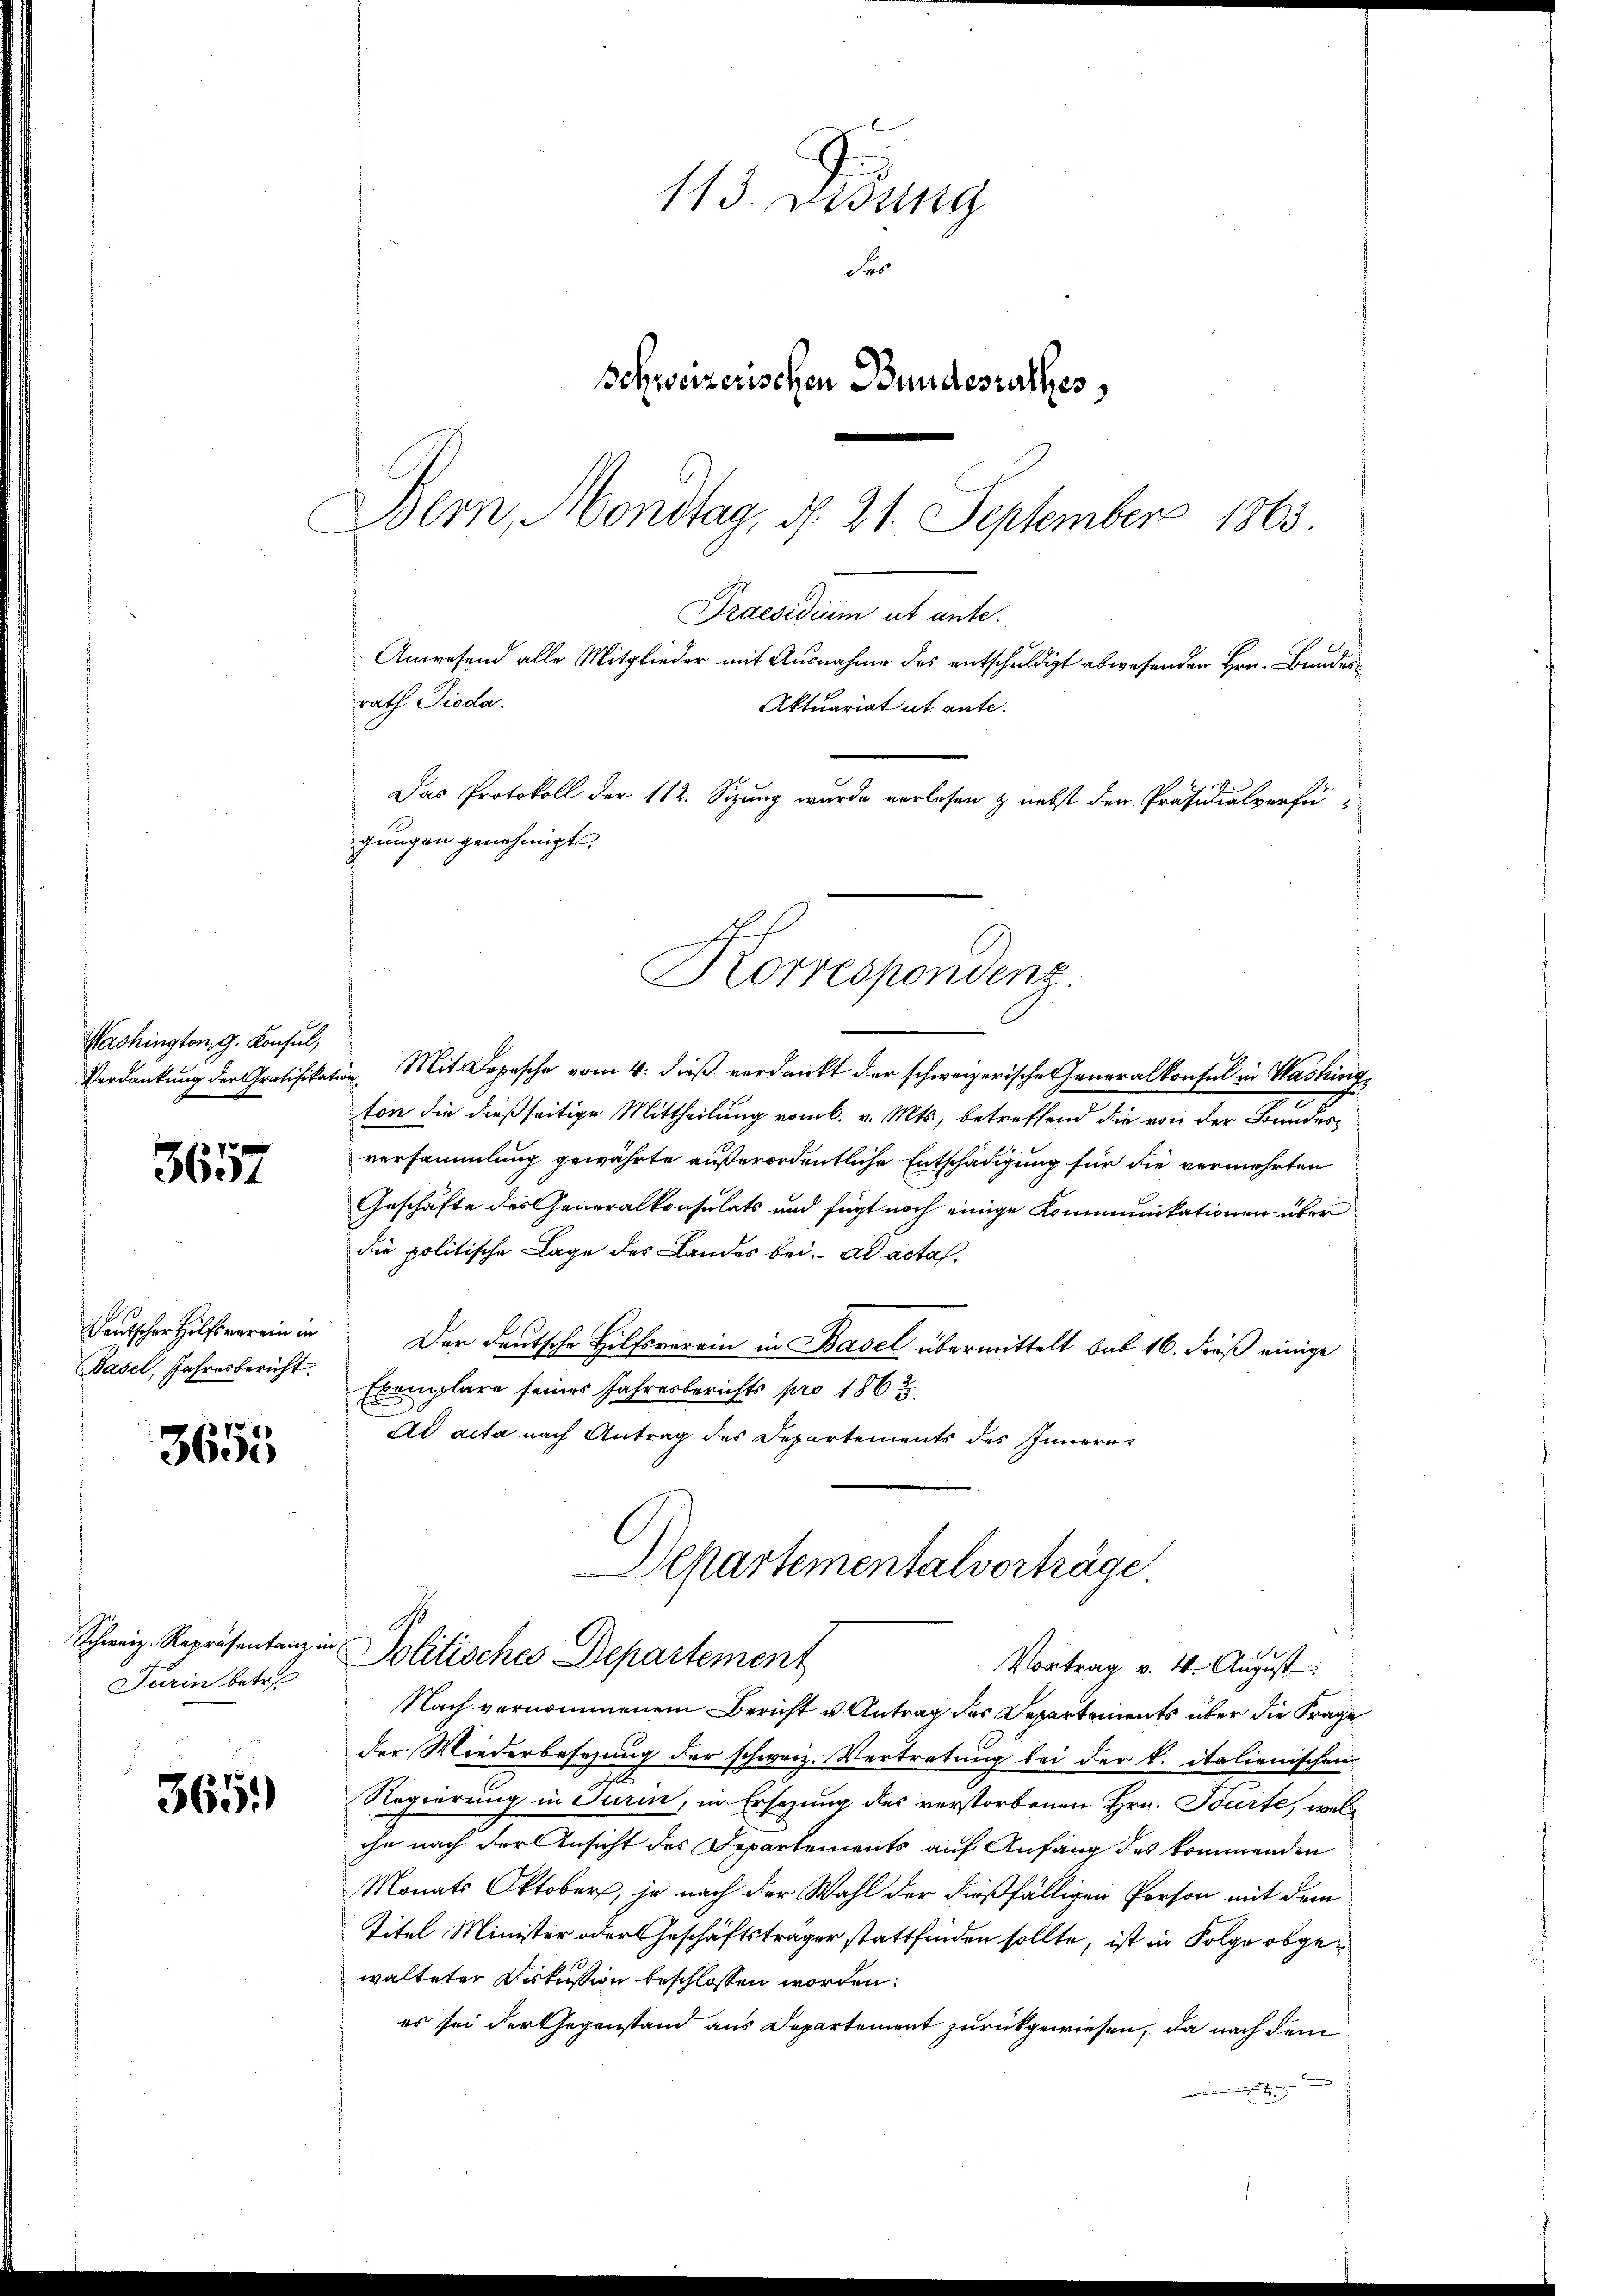
Mashingtong. Konsul,
Verdankung der Gratifika.

3657

Deutscher Hilfsverein i
Basel, Jahresbericht.

3655

Schweiz. Repräsentanz in
Turin betre

365)

113. Dessing
des
Schweizerischen Bundesrathes,
Bern, Montag, d. 21. September 1863

Praesidium ut ante.
Anwesend alle Mitglieder mit Ausnahme des entschuldigt abwesenden Hrn. Bundes
rath Pioda.
Aktuariat ut ante.
Das Protokoll der 112. Sitzung wurde verlesen & nebst den Präsidialverfü-
gungen genehmigt,

Korrespondenz

Mit Depesche vom 4. dieß verdankt der schweizerische Generalkonsul in Washing
ton die dießseitige Mittheilung vom 6. v. Mts., betreffend die von der Bunderversammlung gewährte außerordentliche Entschädigung für die vermehrten
Geschäfte des Generalkonsulats und fügt noch einige Kommunikationen über
die politische Lage des Landes bei. ad acta
Der deutsche Hilfsverrin in Basel übermittelt sub 16. dieß einige
Exemplare seines Jahresberichts pro 1863.
Ad acta nach Antrag des Departements des Innern
Departementalvorträge
Politisches Departement
Vortrag v. 4. August
Nach vernommenem Bericht u Antrag des Departements über die Frage
der Wiederbesezung der schweiz. Vertretung bei der k. italienischen
Regierung in Turin, in Ersezung des verstorbenen Hrn. Tourte, welche nach der Ansicht des Departements auf Anfang des kommenden
Monats Oktober, je nach der Wahl der dießfälligen Person mit dem
Titel Minister oder Geschäftsträger stattfinden sollte, ist in Folge obgewalteter Diskussion beschlossen worden.
es sei der Gegenstand aus Departement zurückgewiesen, da nach dem